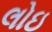
લોઇ